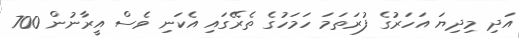
އަދި މިދިޔަ އަހަރުގެ ފުރަތަމަ ހަމަހުގެ ތެރޭގައި އެކަނި ވެސް އީރާނުން 700